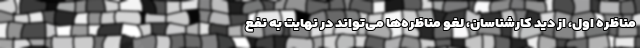
مناظره اول، از دید کارشناسان، لغو مناظره‌ها می‌تواند در نهایت به نفع